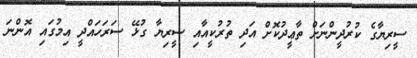
ސީރިޔާގެ ކުރުދީންނަށް ތާޢީދުކޮށް އަދި ތުރުކީއާއި ސީރިޔާ ގުޅޭ ސަރަހައްދީ އިމުގައި އޮންނަ